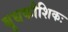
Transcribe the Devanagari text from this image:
बुधकौशिकः